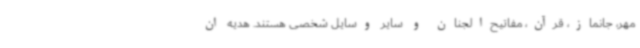
مهر، جانماز، قرآن، مفاتیح‌الجنان و سایر وسایل شخصی هستند. هدیه ان